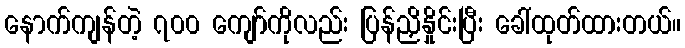
နောက်ကျန်တဲ့ ၇၀၀ ကျော်ကိုလည်း ပြန်ညှိနှိုင်းပြီး ခေါ်ထုတ်ထားတယ်။